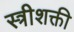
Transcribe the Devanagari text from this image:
स्त्रीशक्ती